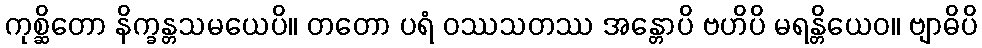
ကုစ္ဆိတော နိက္ခန္တသမယေပိ။ တတော ပရံ ဝဿသတဿ အန္တောပိ ဗဟိပိ မရန္တိယေဝ။ ဗျာဓိပိ